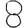
Digit: 8